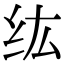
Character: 纮